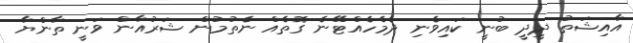
އާއިޝަތު ދީދީ ބުނީ ކައިވެނި ދެމެހެއްޓޭނެ ގޮތެއް ނެތުމުން ޝަރުއާން ވަނީ ތާންޔާ